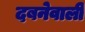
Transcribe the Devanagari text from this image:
दबनेवाली